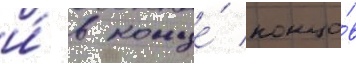
и́ в конце́ концо́в